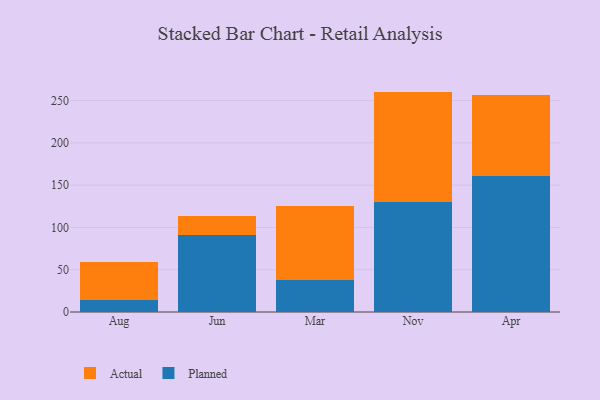
{"axis": {"x": "Month", "y": "Bounce Rate (%)"}, "legend": ["Actual", "Planned"], "data": [{"x": "Aug", "y": 14.3, "type": "Planned"}, {"x": "Aug", "y": 44.4, "type": "Actual"}, {"x": "Jun", "y": 91.1, "type": "Planned"}, {"x": "Jun", "y": 22.2, "type": "Actual"}, {"x": "Mar", "y": 38.2, "type": "Planned"}, {"x": "Mar", "y": 87.0, "type": "Actual"}, {"x": "Nov", "y": 130.3, "type": "Planned"}, {"x": "Nov", "y": 130.3, "type": "Actual"}, {"x": "Apr", "y": 161.1, "type": "Planned"}, {"x": "Apr", "y": 96.0, "type": "Actual"}]}